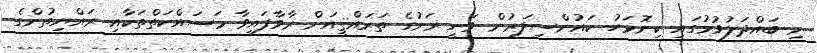
މި ބައްދަލުވުމުގައި ކިނޮޅަހު ކައުންސިލަރުން ވަނީ ރަށުގެ ތަރައްޤީއަށް ރާވާފައިވާ މަސައްކަތްތަކާއި ރައްޔިތުންގެ